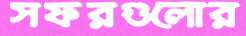
সফরগুলোর